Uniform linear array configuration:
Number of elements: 8
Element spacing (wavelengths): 0.75
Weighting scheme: blackman
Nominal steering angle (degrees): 15
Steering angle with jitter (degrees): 14.204
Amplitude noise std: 0.05
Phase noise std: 0.05

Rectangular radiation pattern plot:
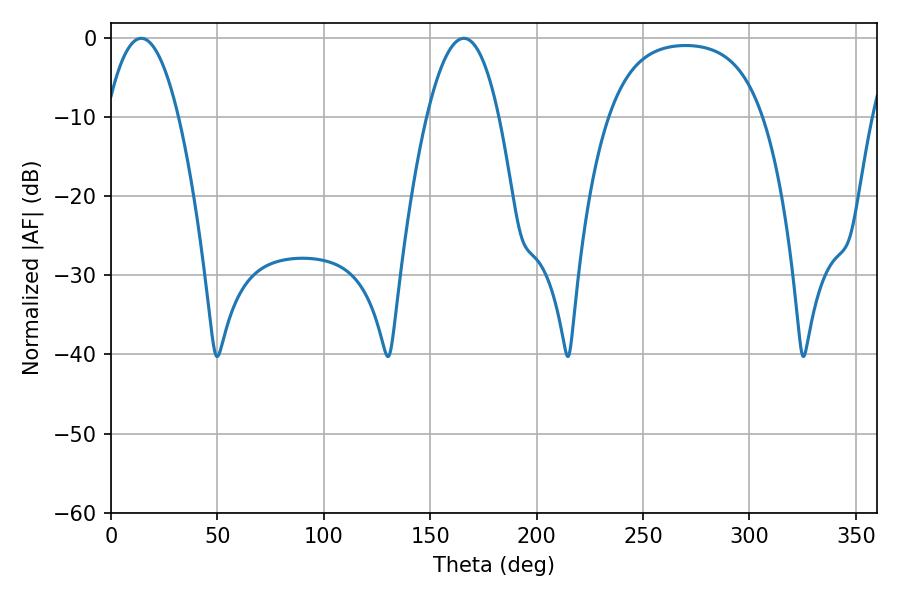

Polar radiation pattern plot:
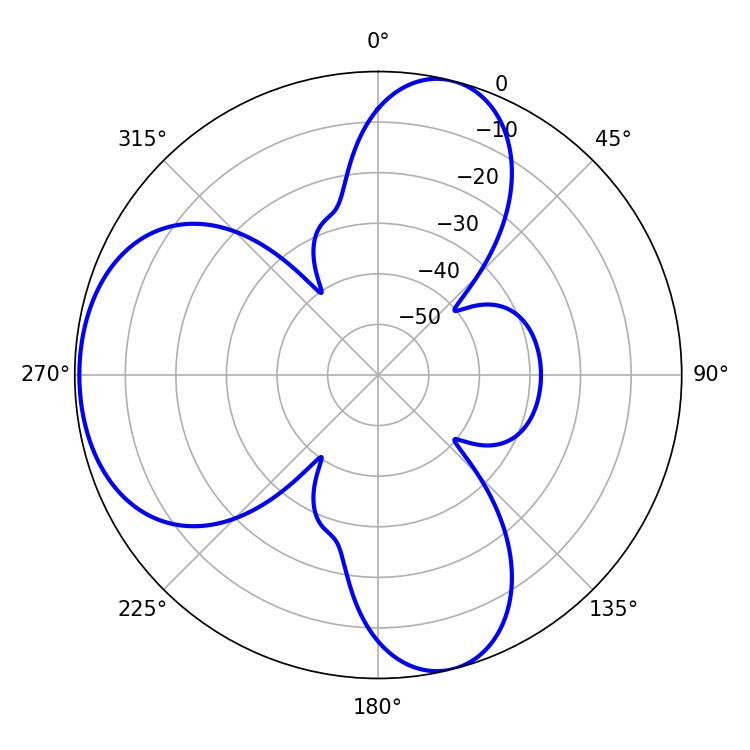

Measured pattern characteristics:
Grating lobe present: TRUE
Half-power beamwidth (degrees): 18.72
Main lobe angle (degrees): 14.22